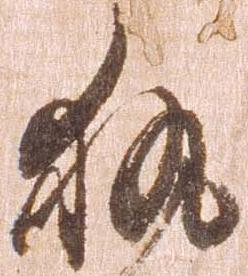
執